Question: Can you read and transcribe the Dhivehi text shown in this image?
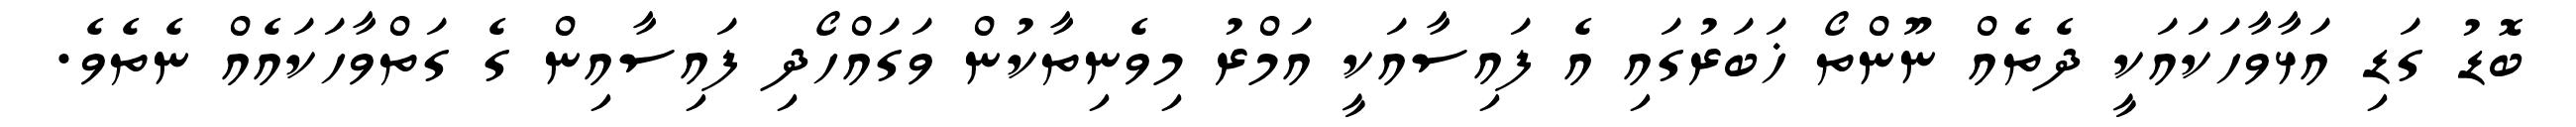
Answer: ބޮޑު ގަޑި އަޅާވާހަކައަކީ ދެތެއް ނޫންތޯ ޚަބަރުގައި އެ ފައިސާއަކީ އަމްރު މިވެނިތާކުން ވަގައްހޯދި ފައިސާއިން ގެ ގަތްވާހަކައެއް ނެތެވެ.